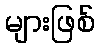
များဖြစ်